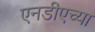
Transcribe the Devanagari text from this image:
एनडीएच्या